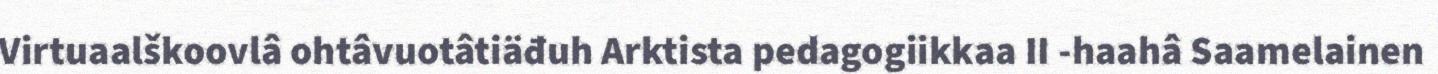
Virtuaalškoovlâ ohtâvuotâtiäđuh Arktista pedagogiikkaa II -haahâ Saamelainen